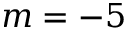
m = - 5